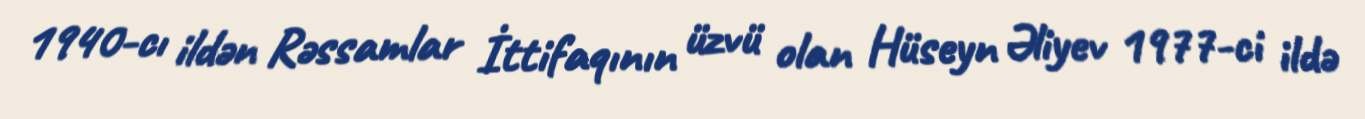
1940-cı ildən Rəssamlar İttifaqının üzvü olan Hüseyn Əliyev 1977-ci ildə